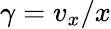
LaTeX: \gamma=v_{x}/x